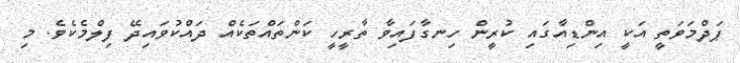
ޕަދްމަވަތީ އަކީ އިންޑިއާގައި ކުރީން ހިނގާފައިވާ ތާރީހީ ކަންތައްތަކެއް ދައްކުވައިދޭ ފިލްމެކެވެ. މި